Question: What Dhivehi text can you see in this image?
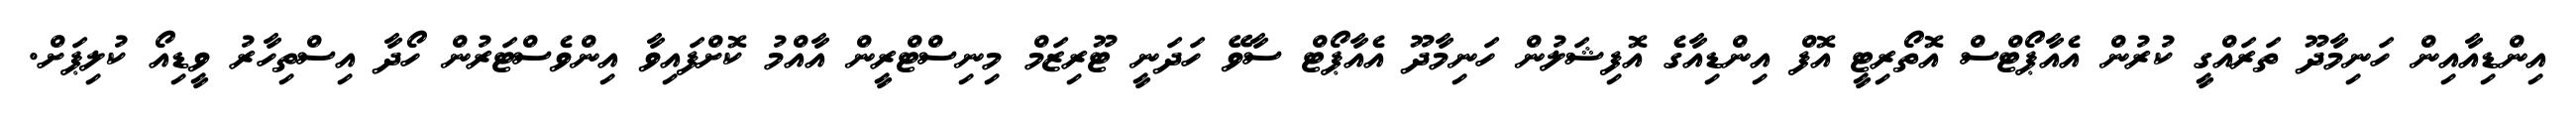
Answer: އިންޑިއާއިން ހަނިމާދޫ ތަރައްގީ ކުރުން އެއާޕޯޓްސް އޮތޯރިޓީ އޮފް އިންޑިއާގެ އޮފިޝަލުން ހަނިމާދޫ އެއާޕޯޓް ސާވޭ ހަދަނީ ޓޫރިޒަމް މިނިސްޓްރީން އާއްމު ކޮށްފައިވާ އިންވެސްޓަރުން ހޯދާ އިސްތިހާރު ވީޑިއޯ ކުލިޕަށް.